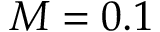
M = 0 . 1